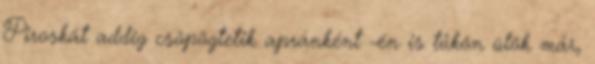
Piroskát addig csöpögtetik apránként -én is tűkön ülök már,